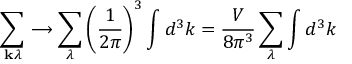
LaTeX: \sum _ { \mathbf { k } \lambda } \longrightarrow \sum _ { \lambda } \left( { \frac { 1 } { 2 \pi } } \right) ^ { 3 } \int d ^ { 3 } k = { \frac { V } { 8 \pi ^ { 3 } } } \sum _ { \lambda } \int d ^ { 3 } k